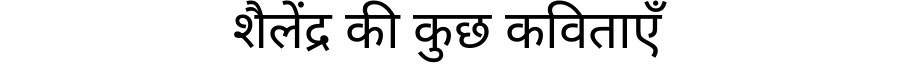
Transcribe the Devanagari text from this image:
शैलेंद्र की कुछ कविताएँ